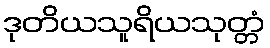
ဒုတိယသူရိယသုတ္တံ